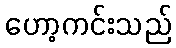
ဟော့ကင်းသည်